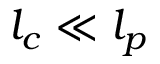
l _ { c } \ll l _ { p }